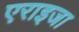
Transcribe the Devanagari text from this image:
एराइजा